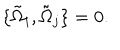
LaTeX: \{ \tilde { \Omega } _ { i } , \tilde { \Omega } _ { j } \} = 0 .